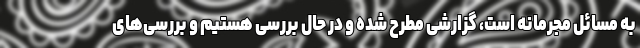
به مسائل مجرمانه است، گزارشی مطرح شده و در حال بررسی هستیم و بررسی‌های